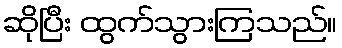
ဆိုပြီး ထွက်သွားကြသည်။